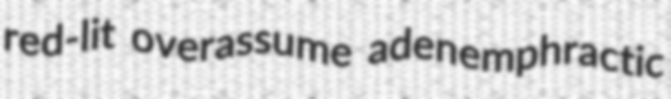
red-lit overassume adenemphractic